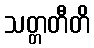
သတ္တတီတိ